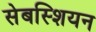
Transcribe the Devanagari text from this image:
सेबस्शियन